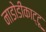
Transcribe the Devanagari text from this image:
नाडोडीकाट्टू